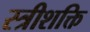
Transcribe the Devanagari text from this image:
स्त्रीशक्ति